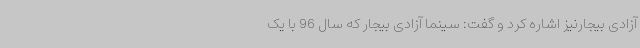
آزادی بیجارنیز اشاره کرد و گفت: سینما آزادی بیجار که سال 96 با یک